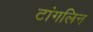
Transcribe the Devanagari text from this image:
टांगलिन